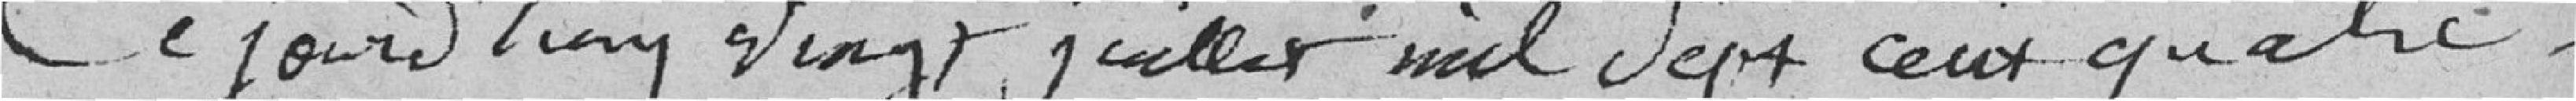
Ce jourd'hui, vingt juillet mil sept cent quatre